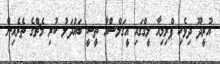
އުރީދޫ ދިވެހި ޕްރިމިއާ ލީގްގައި އީގަލްސްއާ ތީސީ ބައްދަލު ކުރި މެޗްގެ ތެރެއިން